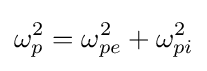
\omega _{p}^{2}=\omega _{pe}^{2}+\omega _{pi}^{2}